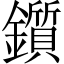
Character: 鑕